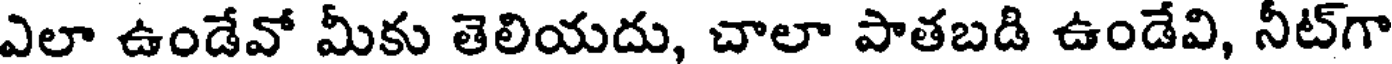
ఎలా ఉండేవో మీకు తెలియదు, చాలా పాతబడి ఉండేవి, నీట్గా